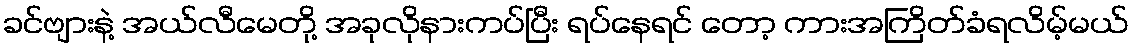
ခင်ဗျားနဲ့ အယ်လီမေတို့ အခုလိုနားကပ်ပြီး ရပ်နေရင် တော့ ကားအကြိတ်ခံရလိမ့်မယ်